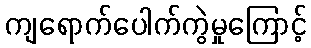
ကျရောက်ပေါက်ကွဲမှုကြောင့်